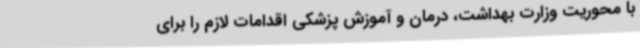
با محوریت وزارت بهداشت،‌ درمان و آموزش پزشکی اقدامات لازم را برای